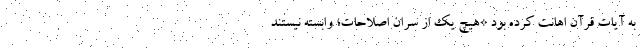
به آیات قرآن اهانت کرده بود *هیچ یک از سران اصلاحات؛ وابسته نیستند